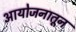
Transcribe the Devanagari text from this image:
आयोजनातून